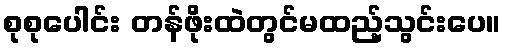
စုစုပေါင်း တန်ဖိုးထဲတွင်မထည့်သွင်းပေ။